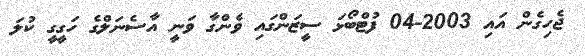
ޖެހިގެން އައި 2003-04 ފުޓްބޯޅަ ސީޒަންގައި ވެންގާ ވަނީ އާސެނަލްގެ ހަގީގީ ކުލަ